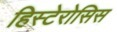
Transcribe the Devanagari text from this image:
हिस्टेरोसिस